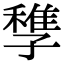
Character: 𡦠